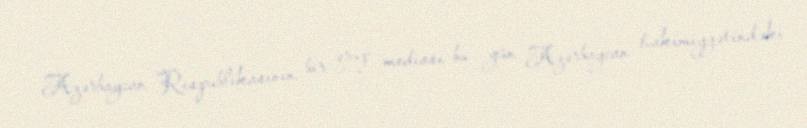
Azərbaycan Respublikasının bir qrup mediası bu gün Azərbaycan hakimiyyətindəki